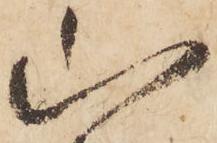
山